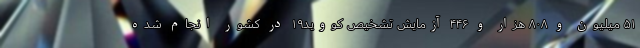
۵۱ میلیون و ۸۰۸ هزار و ۴۴۶ آزمایش تشخیص کووید۱۹ در کشور انجام شده